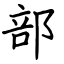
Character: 部